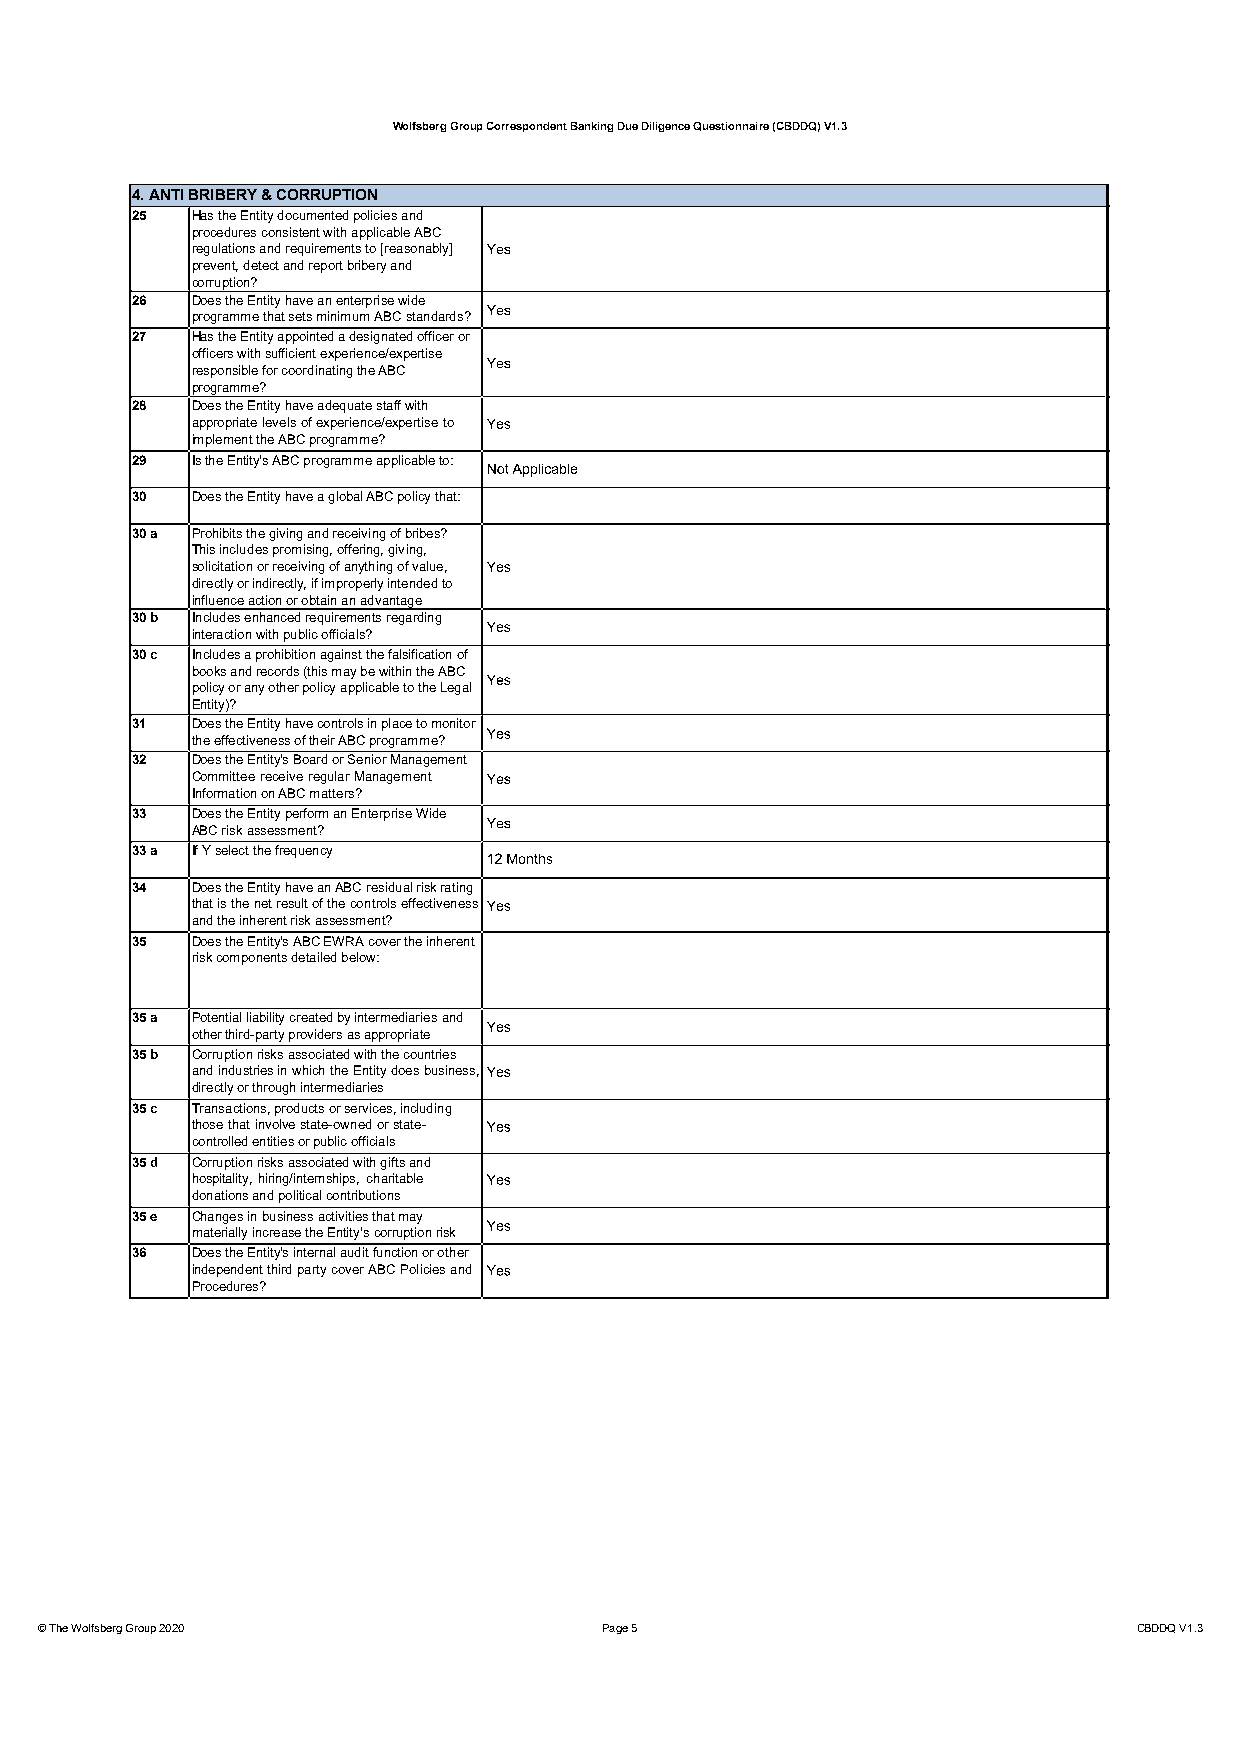
Wolfsberg Group Correspondent Banking Due Diligence Questionnaire (CBDDQ) V1.3
 4. ANTI BRIBERY & CORRUPTION
 25  Has the Entity documented policies and
 procedures consistent with applicable ABC
 regulations and requirements to [reasonably]
 prevent, detect and report bribery and
 corruption?
 26  Does the Entity have an enterprise wide
 programme that sets minimum ABC standards?
 27  Has the Entity appointed a designated officer or
 officers with sufficient experience/expertise
 responsible for coordinating the ABC
 programme?
 28  Does the Entity have adequate staff with
 appropriatelevelsofexperience/expertiseto
 implement the ABC programme?
 29  Is the Entity's ABC programme applicable to:
 30  Does the Entity have a global ABC policy that:
 30 a Prohibits the giving and receiving of bribes?
 This includes promising, offering, giving,
 solicitation or receiving of anything of value,
 directly or indirectly, if improperly intended to
 influence action or obtain an advantage
 30 b Includes enhanced requirements regarding
 interaction with public officials?
 30 c Includes a prohibition against the falsification of
 books and records (this may be within the ABC
 policy or any other policy applicable to the Legal
 Entity)?
 31  Does the Entity have controls in place to monitor
 the effectiveness of their ABC programme?
 32  Does the Entity's Board or Senior Management
 CommitteereceiveregularManagement
 Information on ABC matters?
 33  Does the Entity perform an Enterprise Wide
 ABC risk assessment?
 33 a If Y select the frequency
 34  Does the Entity have an ABC residual risk rating
 thatisthenetresultofthecontrolseffectiveness
 and the inherent risk assessment?
 35  Does the Entity's ABC EWRA cover the inherent
 risk components detailed below:
 35 a Potential liability created by intermediaries and
 other third-party providers as appropriate
 35 b Corruption risks associated with the countries
 andindustriesinwhichtheEntitydoesbusiness,
 directly or through intermediaries
 35 c Transactions, products or services, including
 thosethatinvolvestate-ownedorstate-
 controlled entities or public officials
 35 d Corruption risks associated with gifts and
 hospitality,hiring/internships,charitable
 donations and political contributions
 35 e Changes in business activities that may
 materially increase the Entity's corruption risk
 36  Does the Entity's internal audit function or other
 independentthirdpartycoverABCPoliciesand
 Procedures?
 © The Wolfsberg Group 2020            Page 5                             CBDDQ V1.3